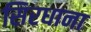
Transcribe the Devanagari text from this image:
सिरधाना